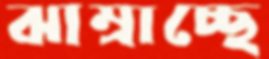
ঝাম্‌রাচ্ছে